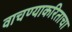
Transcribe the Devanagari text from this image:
वाचण्याकरिताचा